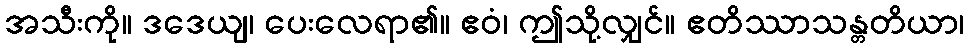
အသီးကို။ ဒဒေယျ၊ ပေးလေရာ၏။ ဧဝံ၊ ဤသို့လျှင်။ ဧတိဿာသန္တတိယာ၊